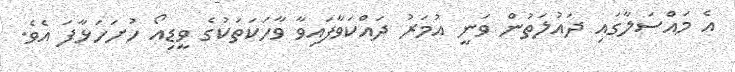
އެ މައްސަލާގައި ދައުލަތުން ވަނީ އުމަރު ދައްކަވާފައިވާ ވާހަކަތަކުގެ ވީޑިއޯ ހުށަހަޅާފަ އެވެ.